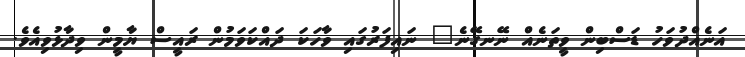
އަނެއްދުވަހު ޑަސްބިން ވީތަނެއް ނޭނގޭނެ" ނައިފަރުގައި ވާހަކަ ދައްކަވަމުން ރައީސް ޔާމީން ވިދާޅުވިއެވެ.